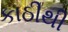
કાઠીથી